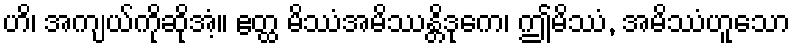
ဟိ၊ အကျယ်ကိုဆိုအံ့။ ဧတ္ထ မိဿံအမိဿန္တိဒုကေ၊ ဤမိဿံ, အမိဿံဟူသော